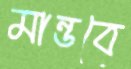
মান্ডবে